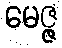
မေဇ္ဇ